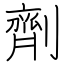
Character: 劑